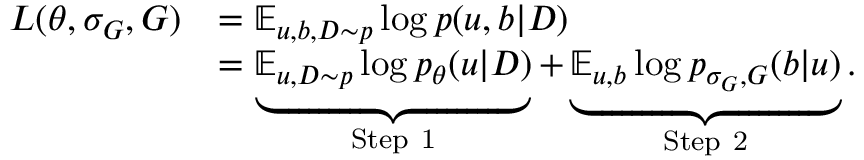
\begin{array} { r l } { L ( \theta , \sigma _ { G } , G ) } & { = \mathbb E _ { u , b , D \sim p } \log p ( u , b \vert D ) } \\ & { = \underbrace { \mathbb E _ { u , D \sim p } \log p _ { \theta } ( u \vert D ) } _ { \mathrm { S t e p ~ 1 } } + \underbrace { \mathbb E _ { u , b } \log p _ { \sigma _ { G } , G } ( b \vert u ) } _ { \mathrm { S t e p ~ 2 } } . } \end{array}